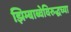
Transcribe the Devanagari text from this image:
झिम्बाब्वेविरुद्धच्या